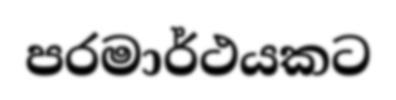
පරමාර්ථයකට